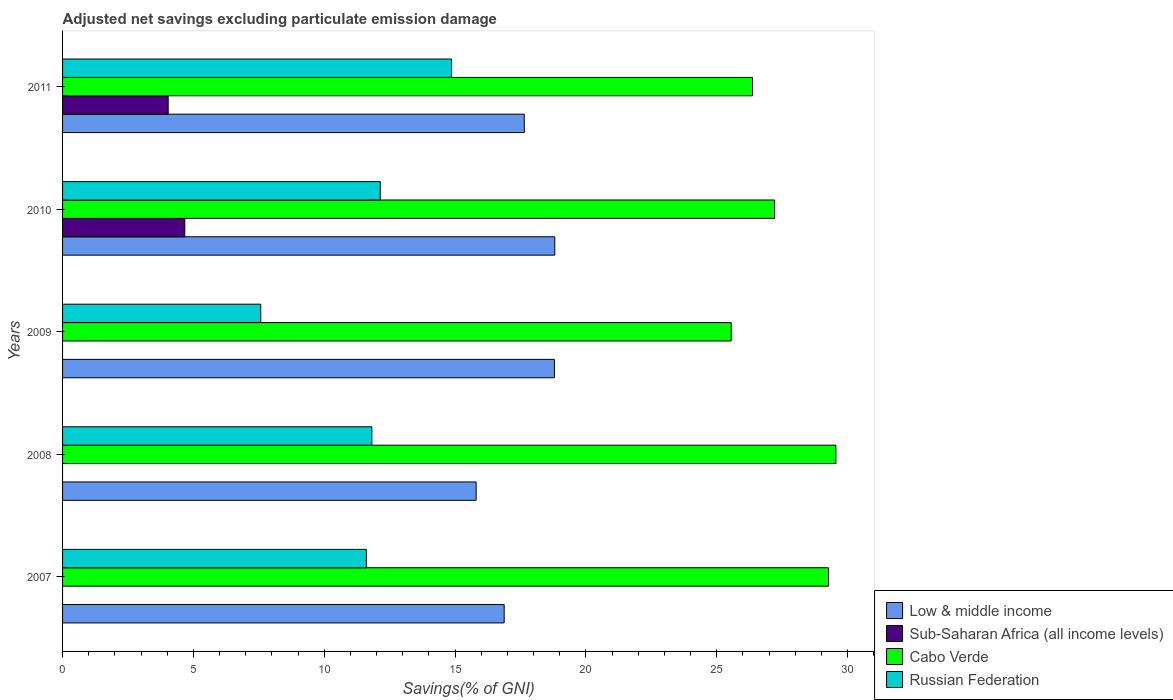
| Years | Low & middle income | Sub-Saharan Africa (all income levels) | Cabo Verde | Russian Federation |
 | --- | --- | --- | --- | --- |
 | 2007 | 16.9 | -1.39 | 29.3 | 11.6 |
 | 2008 | 15.8 | -1.58 | 29.6 | 11.8 |
 | 2009 | 18.8 | -1.47 | 25.6 | 7.57 |
 | 2010 | 18.8 | 4.67 | 27.2 | 12.1 |
 | 2011 | 17.6 | 4.04 | 26.4 | 14.9 |